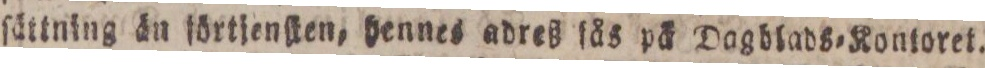
ſättning än förtjenſten, hennes adreß fås på Dagblads=Kontoret.